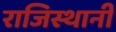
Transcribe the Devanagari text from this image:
राजिस्थानी